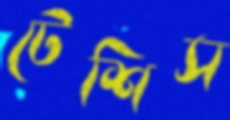
টেশিস